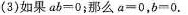
（3）如果ab=0;那么a=0,b=0.